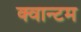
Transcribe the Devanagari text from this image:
क्‍वान्‍टम